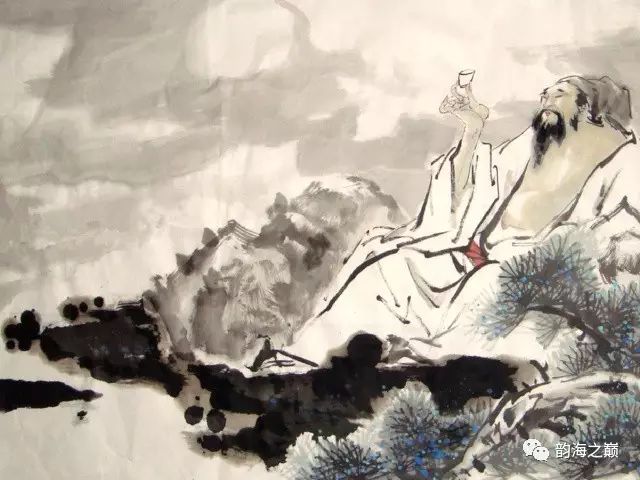
摇落深知宋玉悲，风流儒雅亦吾师。